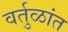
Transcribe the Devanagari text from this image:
वर्तुळांत